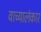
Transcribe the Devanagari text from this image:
वाच्यालंकार